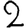
Digit: 2